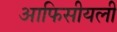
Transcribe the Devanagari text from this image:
आफिसीयली